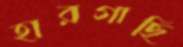
হারগাছি